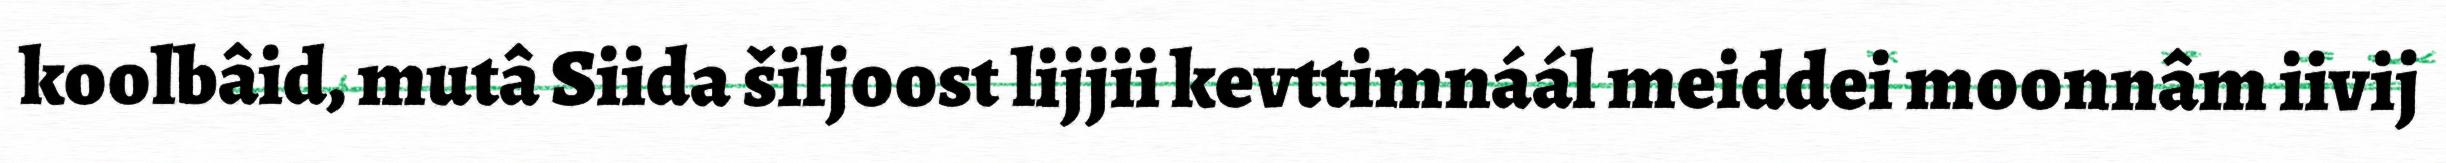
koolbâid, mutâ Siida šiljoost lijjii kevttimnáál meiddei moonnâm iivij